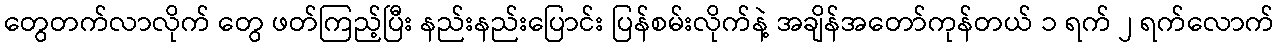
တွေတက်လာလိုက် တွေ ဖတ်ကြည့်ပြီး နည်းနည်းပြောင်း ပြန်စမ်းလိုက်နဲ့ အချိန်အတော်ကုန်တယ် ၁ ရက် ၂ ရက်လောက်